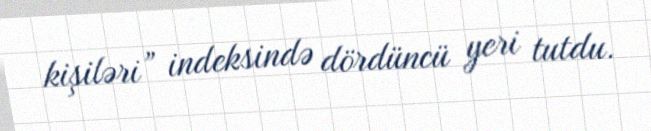
kişiləri” indeksində dördüncü yeri tutdu.